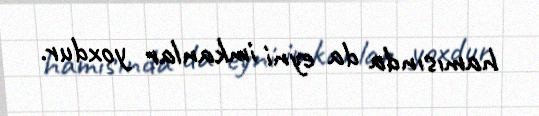
hamısında da eyni imkanlar yoxdur.